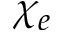
\chi _ { e }